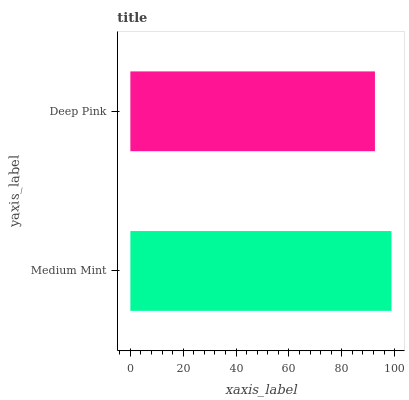
| yaxis_label | bars |
 | --- | --- |
 | Medium Mint | 98.8 |
 | Deep Pink | 92.6 |